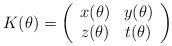
LaTeX: \begin{align*}K(\theta)=\left(\begin{array}{cc}x(\theta) & y(\theta)\\z(\theta) & t(\theta)\end{array}\right) \end{align*}